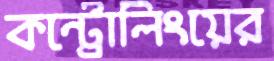
কন্ট্রোলিংয়ের